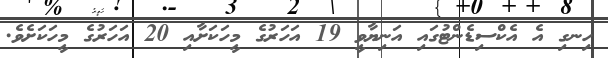
ހިނގި އެ އެކްސިޑެންޓުގައި އަނިޔާވީ 19 އަހަރުގެ މީހަކަށާއި 20 އަހަރުގެ މީހަކަށެވެ.